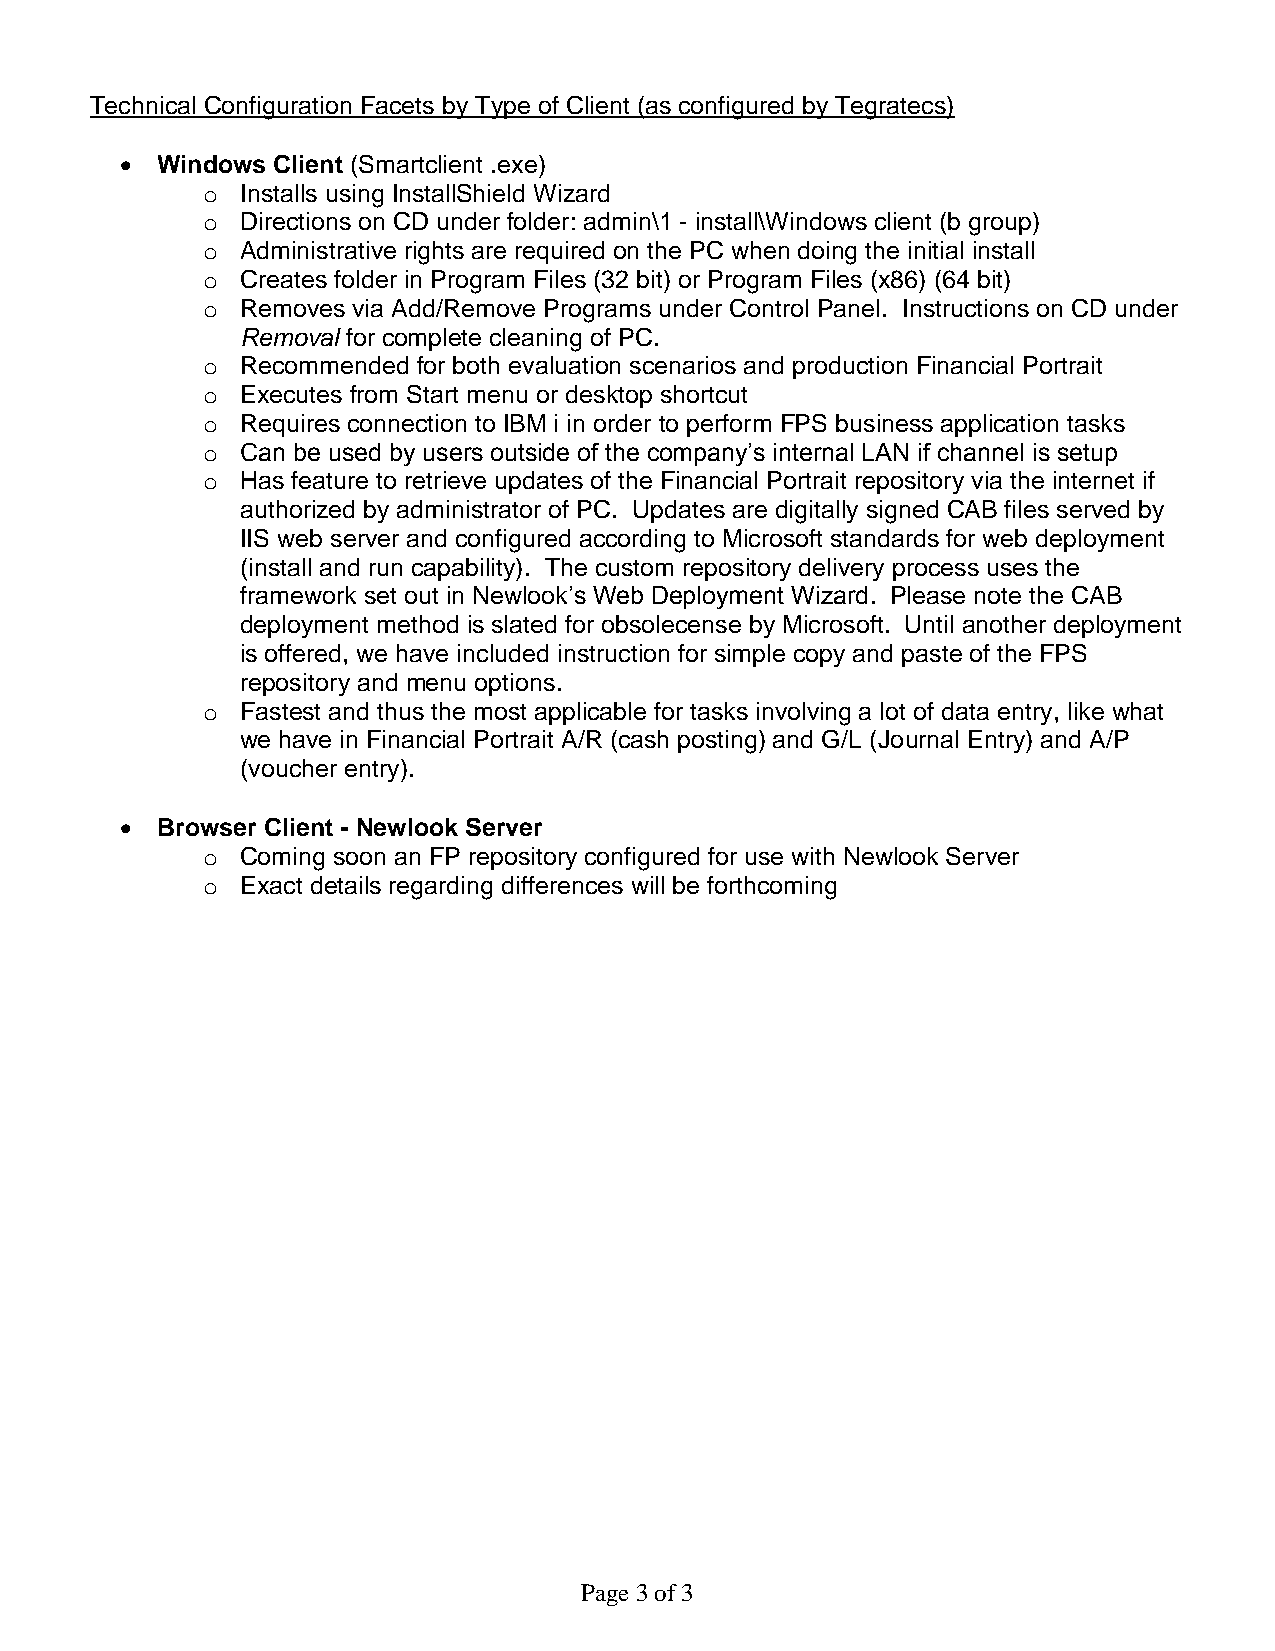
Technical Configuration Facets by Type of Client (as configured by Tegratecs)
 • Windows Client (Smartclient .exe)
 o  Installs using InstallShield Wizard
 o  Directions on CD under folder: admin\1 - install\Windows client (b group)
 o  Administrative rights are required on the PC when doing the initial install
 o  Creates folder in Program Files (32 bit) or Program Files (x86) (64 bit)
 o  Removes via Add/Remove Programs under Control Panel. Instructions on CD under
 Removal for complete cleaning of PC.
 o  Recommended for both evaluation scenarios and production Financial Portrait
 o  Executes from Start menu or desktop shortcut
 o  Requires connection to IBM i in order to perform FPS business application tasks
 o  Can be used by users outside of the company’s internal LAN if channel is setup
 o  Has feature to retrieve updates of the Financial Portrait repository via the internet if
 authorized by administrator of PC. Updates are digitally signed CAB files served by
 IIS web server and configured according to Microsoft standards for web deployment
 (install and run capability). The custom repository delivery process uses the
 framework set out in Newlook’s Web Deployment Wizard. Please note the CAB
 deployment method is slated for obsolecense by Microsoft. Until another deployment
 is offered, we have included instruction for simple copy and paste of the FPS
 repository and menu options.
 o  Fastest and thus the most applicable for tasks involving a lot of data entry, like what
 we have in Financial Portrait A/R (cash posting) and G/L (Journal Entry) and A/P
 (voucher entry).
 • Browser Client - Newlook Server
 o  Coming soon an FP repository configured for use with Newlook Server
 o  Exact details regarding differences will be forthcoming
 Page 3 of 3